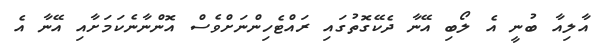
އާލިއާ ބުނީ އެ ލޯބި އޭނާ ދެކޭގޮތުގައި ރައްޓެހިންނަށްވެސް އޮންނާނެކަމަށާއި އޭނާ އެ